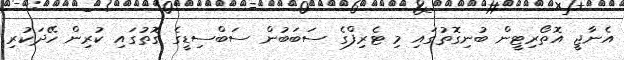
އެނާޖީ އޮތޯރިޓީން ބުނިގޮތުގައި މި ޓެރިފްގެ ސަބަބުން ސަބްސިޑީގެ ގޮތުގައި ކުރިން ހޭދަކުރި